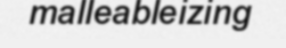
malleableizing